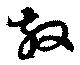
放